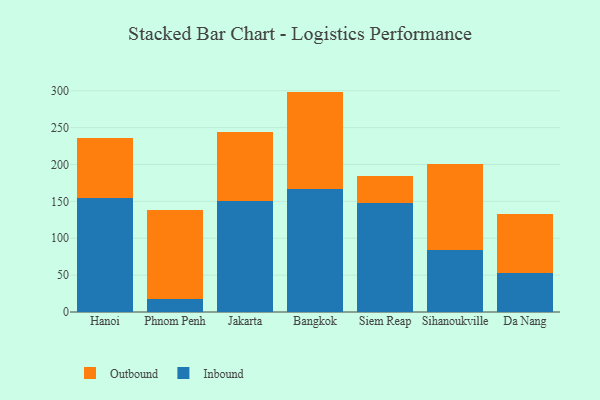
{"axis": {"x": "City", "y": "Backlog"}, "legend": ["Inbound", "Outbound"], "data": [{"x": "Hanoi", "y": 154.8, "type": "Inbound"}, {"x": "Hanoi", "y": 81.6, "type": "Outbound"}, {"x": "Phnom Penh", "y": 17.0, "type": "Inbound"}, {"x": "Phnom Penh", "y": 121.6, "type": "Outbound"}, {"x": "Jakarta", "y": 150.8, "type": "Inbound"}, {"x": "Jakarta", "y": 93.8, "type": "Outbound"}, {"x": "Bangkok", "y": 166.3, "type": "Inbound"}, {"x": "Bangkok", "y": 132.5, "type": "Outbound"}, {"x": "Siem Reap", "y": 148.4, "type": "Inbound"}, {"x": "Siem Reap", "y": 35.7, "type": "Outbound"}, {"x": "Sihanoukville", "y": 83.6, "type": "Inbound"}, {"x": "Sihanoukville", "y": 117.7, "type": "Outbound"}, {"x": "Da Nang", "y": 52.9, "type": "Inbound"}, {"x": "Da Nang", "y": 79.9, "type": "Outbound"}]}